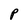
Character: P